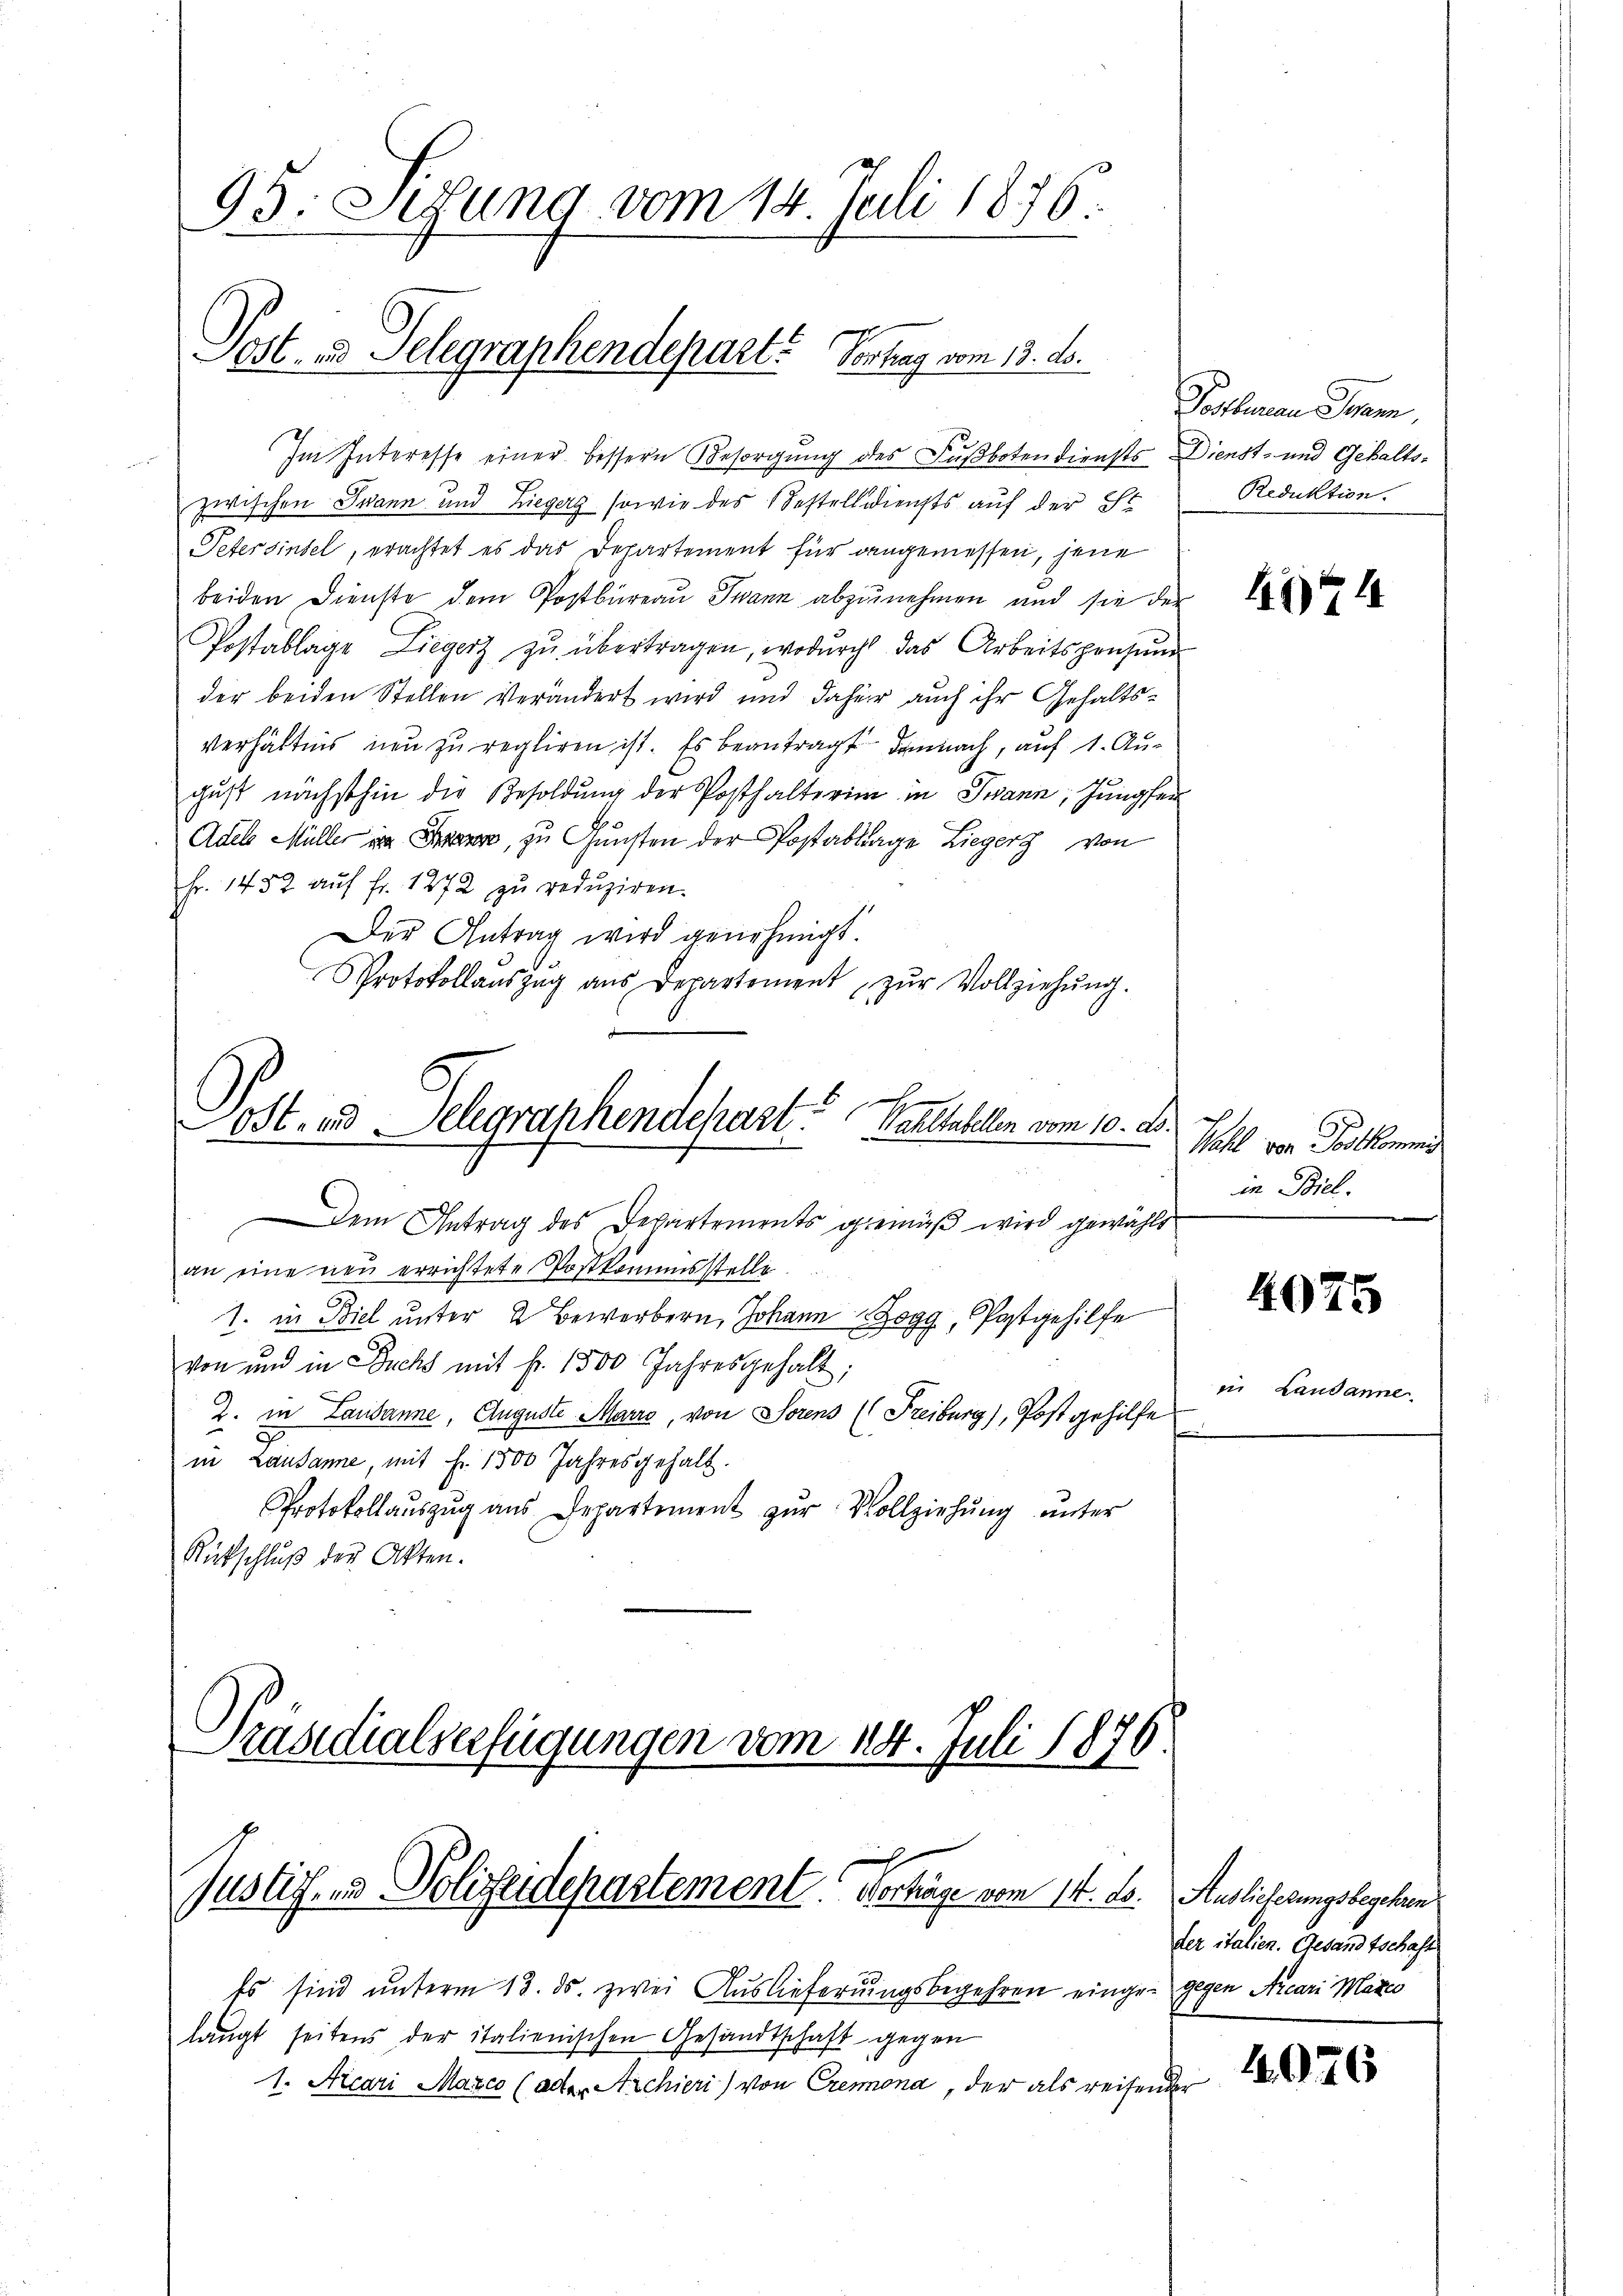
95. Sedung vom 14. Juli 1876.
Post- u. Telegraphendepart? Vortrag vom 13. ds.

Im Interesse einer bessern Besorgung des Fußbotendiensts Dienst- und Gehalts-
zwischen Jwann und Liegerg sowie des Bestelldiensts auf der St
Petersinsel, erachtet es das Departement für dangemessen, jene
beiden Dienste dem Postbüreau Twann abzunehmen und sie der
Postablage Liegert zŭ übertragen, wodurch das Arbeitspensun
der beiden Stellen verändert wird und daher auch ihr Gehalts¬
Verhältnis neu zu regliren ist. Es beantragt demnach, auf 1. August nächsthin die Besoldung der Posthalterin in Twann, Jungfer
Adels Müller in Szene, zu Gunsten der Postablage Liegers von
Fr. 1452 auf fr. 1272 zu reduziren.
Der Antrag wird genehmigt.
.
Protokollaŭszŭg aŭs Departement zŭr Vollziehŭng.
OSt. und Belegraphendepart. Waltabellen vom 10. ds.
Dem Antrag des Departements gemäß wird gewählt
an eine neu errichtete Postkommisstelle.
1. in Biel unter 2 beworbern, Johann Jogg, Postgehilfe
von und in Buchs mit fr. 1500 Jahresgehalt;
2. in Lausanne, Auguste Marie, von Sorens (Freiburg), Post gehilfe
in Lausanne, mit Fr. 1500 Jahresgehalt.
Protokollaŭszŭg aŭs Departement zŭr Vollziehŭng ŭnter
Rückschluß der Akten.

Es sind unterm 13. ds. zwei Auslieferungsbegehren einge- gegen Nicari Marc
langt seitens der italienischen Gesandtschaft gegen
1. Aicari Marco (ader Archieri) von Cremona, der als reifend

Präsidialserfügungen vom 114. Juli 1876.
h
Justiz- und Polizeidepartement. Vorhäge vom 14. ds. Auslieferungsbegehren

Raten Stan
Reduktion.

LGE 4

Wahl von Postkommend
in Biel.

4025

in Landanne

der italien. Gesandtschaft

4076